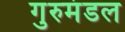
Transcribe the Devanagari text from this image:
गुरुमंडल